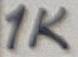
Text: 1K